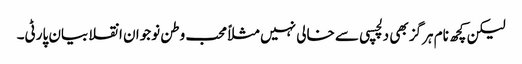
لیکن کچھ نام ہرگز بھی دلچسپی سے خالی نہیں مثلاًمحب وطن نوجوان انقلابیان پارٹی۔